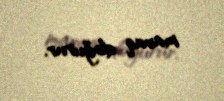
maraq doğurur.